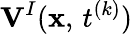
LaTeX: {\mathbf V}^{I}({\mathbf x},\, t^{(k)})